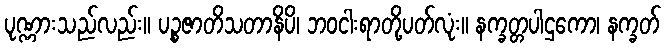
ပုဏ္ဏားသည်လည်း။ ပဉ္စဇာတိသတာနိပိ၊ ဘဝငါးရာတို့ပတ်လုံး။ နက္ခတ္တပါဌကော၊ နက္ခတ်